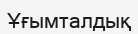
Ұғымталдық